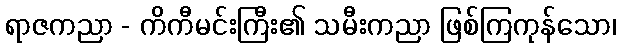
ရာဇကညာ - ကိကီမင်းကြီး၏ သမီးကညာ ဖြစ်ကြကုန်သော၊